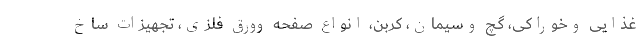
غذایی وخوراکی، گچ وسیمان، کربن، انواع صفحه وورق فلزی، تجهیزات ساخ